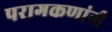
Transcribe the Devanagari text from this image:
परागकणांनी